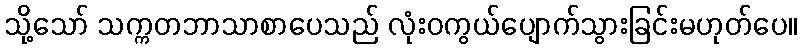
သို့သော် သက္ကတဘာသာစာပေသည် လုံးဝကွယ်ပျောက်သွားခြင်းမဟုတ်ပေ။